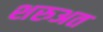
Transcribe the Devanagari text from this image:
शरुअत